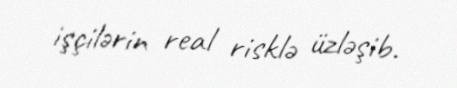
işçilərin real risklə üzləşib.